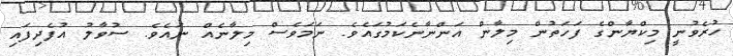
ހުރެވުނީ މިކްޔާންގެ ފަހަތުން މިލާން އަންނާނެކަމުގައެވެ. ނަމަވެސް މިލާނެއް ނައެވެ. ސުވާލު އުފެދިފައި